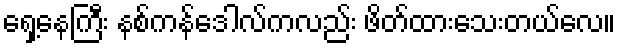
ရှေ့နေကြီး နစ်ကန်ဒေါလ်ကလည်း ဖိတ်ထားသေးတယ်လေ။